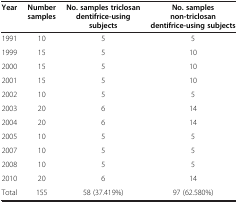
| Year | Number samples | No. samples triclosan dentifrice-using subjects | No. samples non-triclosan dentifrice-using subjects |
 | --- | --- | --- | --- |
 | 1991 | 10 | 5 | 5 |
 | 1999 | 15 | 5 | 10 |
 | 2000 | 15 | 5 | 10 |
 | 2001 | 15 | 5 | 10 |
 | 2002 | 10 | 5 | 5 |
 | 2003 | 20 | 6 | 14 |
 | 2004 | 20 | 6 | 14 |
 | 2005 | 10 | 5 | 5 |
 | 2007 | 10 | 5 | 5 |
 | 2008 | 10 | 5 | 5 |
 | 2010 | 20 | 6 | 14 |
 | Total | 155 | 58 (37.419%) | 97 (62.580%) |